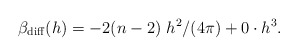
\begin{align*}\beta_{\rm diff} (h) = - 2 (n-2)~ h^2 /(4\pi) + 0 \cdot h^3 . \end{align*}